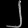
Digit: ၂